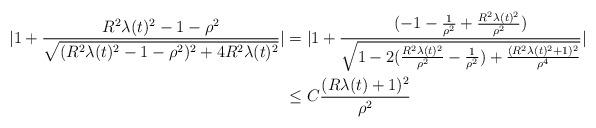
LaTeX: \begin{align*} |1+\frac{R^{2}\lambda(t)^{2}-1-\rho^{2}}{\sqrt{(R^{2}\lambda(t)^{2}-1-\rho^{2})^{2}+4R^{2}\lambda(t)^{2}}}| &= |1+\frac{(-1-\frac{1}{\rho^{2}}+\frac{R^{2}\lambda(t)^{2}}{\rho^{2}})}{\sqrt{1-2(\frac{R^{2}\lambda(t)^{2}}{\rho^{2}}-\frac{1}{\rho^{2}})+\frac{(R^{2}\lambda(t)^{2}+1)^{2}}{\rho^{4}}}}|\\&\leq C \frac{(R\lambda(t)+1)^{2}}{\rho^{2}}\end{align*}